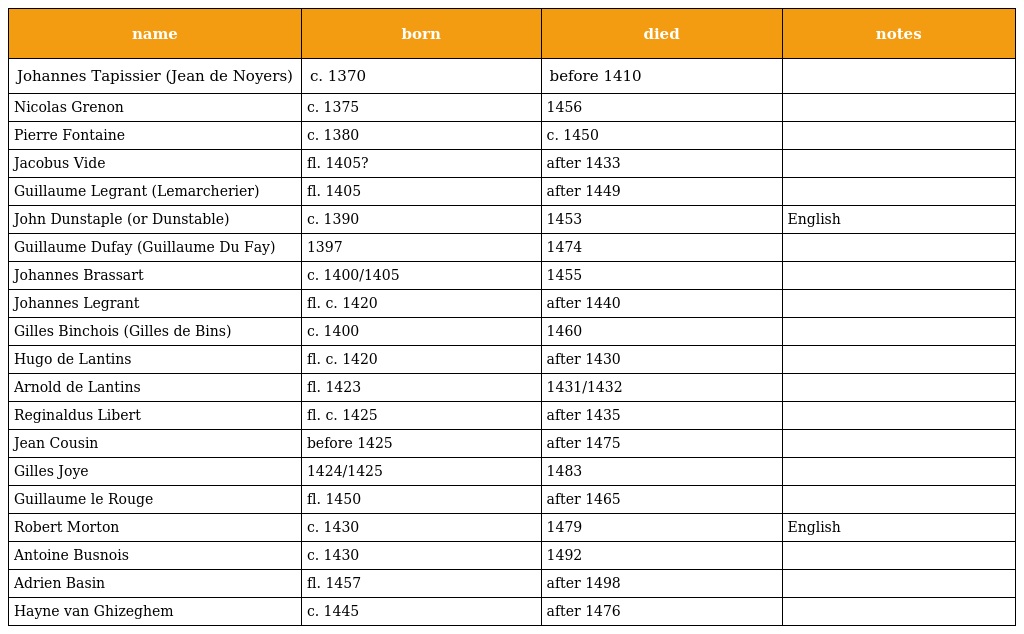
| name | born | died | notes |
 | --- | --- | --- | --- |
 | Johannes Tapissier (Jean de Noyers) | c. 1370 | before 1410 |  |
 | Nicolas Grenon | c. 1375 | 1456 |  |
 | Pierre Fontaine | c. 1380 | c. 1450 |  |
 | Jacobus Vide | fl. 1405? | after 1433 |  |
 | Guillaume Legrant (Lemarcherier) | fl. 1405 | after 1449 |  |
 | John Dunstaple (or Dunstable) | c. 1390 | 1453 | English |
 | Guillaume Dufay (Guillaume Du Fay) | 1397 | 1474 |  |
 | Johannes Brassart | c. 1400/1405 | 1455 |  |
 | Johannes Legrant | fl. c. 1420 | after 1440 |  |
 | Gilles Binchois (Gilles de Bins) | c. 1400 | 1460 |  |
 | Hugo de Lantins | fl. c. 1420 | after 1430 |  |
 | Arnold de Lantins | fl. 1423 | 1431/1432 |  |
 | Reginaldus Libert | fl. c. 1425 | after 1435 |  |
 | Jean Cousin | before 1425 | after 1475 |  |
 | Gilles Joye | 1424/1425 | 1483 |  |
 | Guillaume le Rouge | fl. 1450 | after 1465 |  |
 | Robert Morton | c. 1430 | 1479 | English |
 | Antoine Busnois | c. 1430 | 1492 |  |
 | Adrien Basin | fl. 1457 | after 1498 |  |
 | Hayne van Ghizeghem | c. 1445 | after 1476 |  |